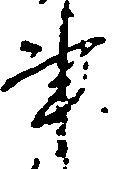
事